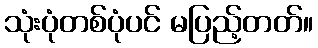
သုံးပုံတစ်ပုံပင် မပြည့်တတ်။